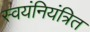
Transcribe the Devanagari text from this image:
स्वयंनियंत्रित